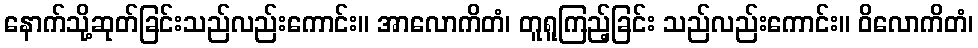
နောက်သို့ဆုတ်ခြင်းသည်လည်းကောင်း။ အာလောကိတံ၊ တူရူကြည့်ခြင်း သည်လည်းကောင်း။ ဝိလောကိတံ၊